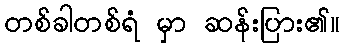
တစ်ခါတစ်ရံ မှာ ဆန်းပြား၏။